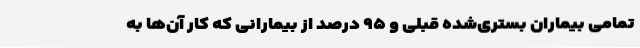
تمامی بیماران بستری‌شده قبلی و ۹۵ درصد از بیمارانی که کار آن‌ها به